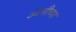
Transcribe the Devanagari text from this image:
उंटनीच्या